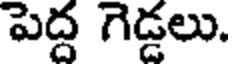
పెద్ద గెడ్డలు.